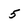
Character: 5